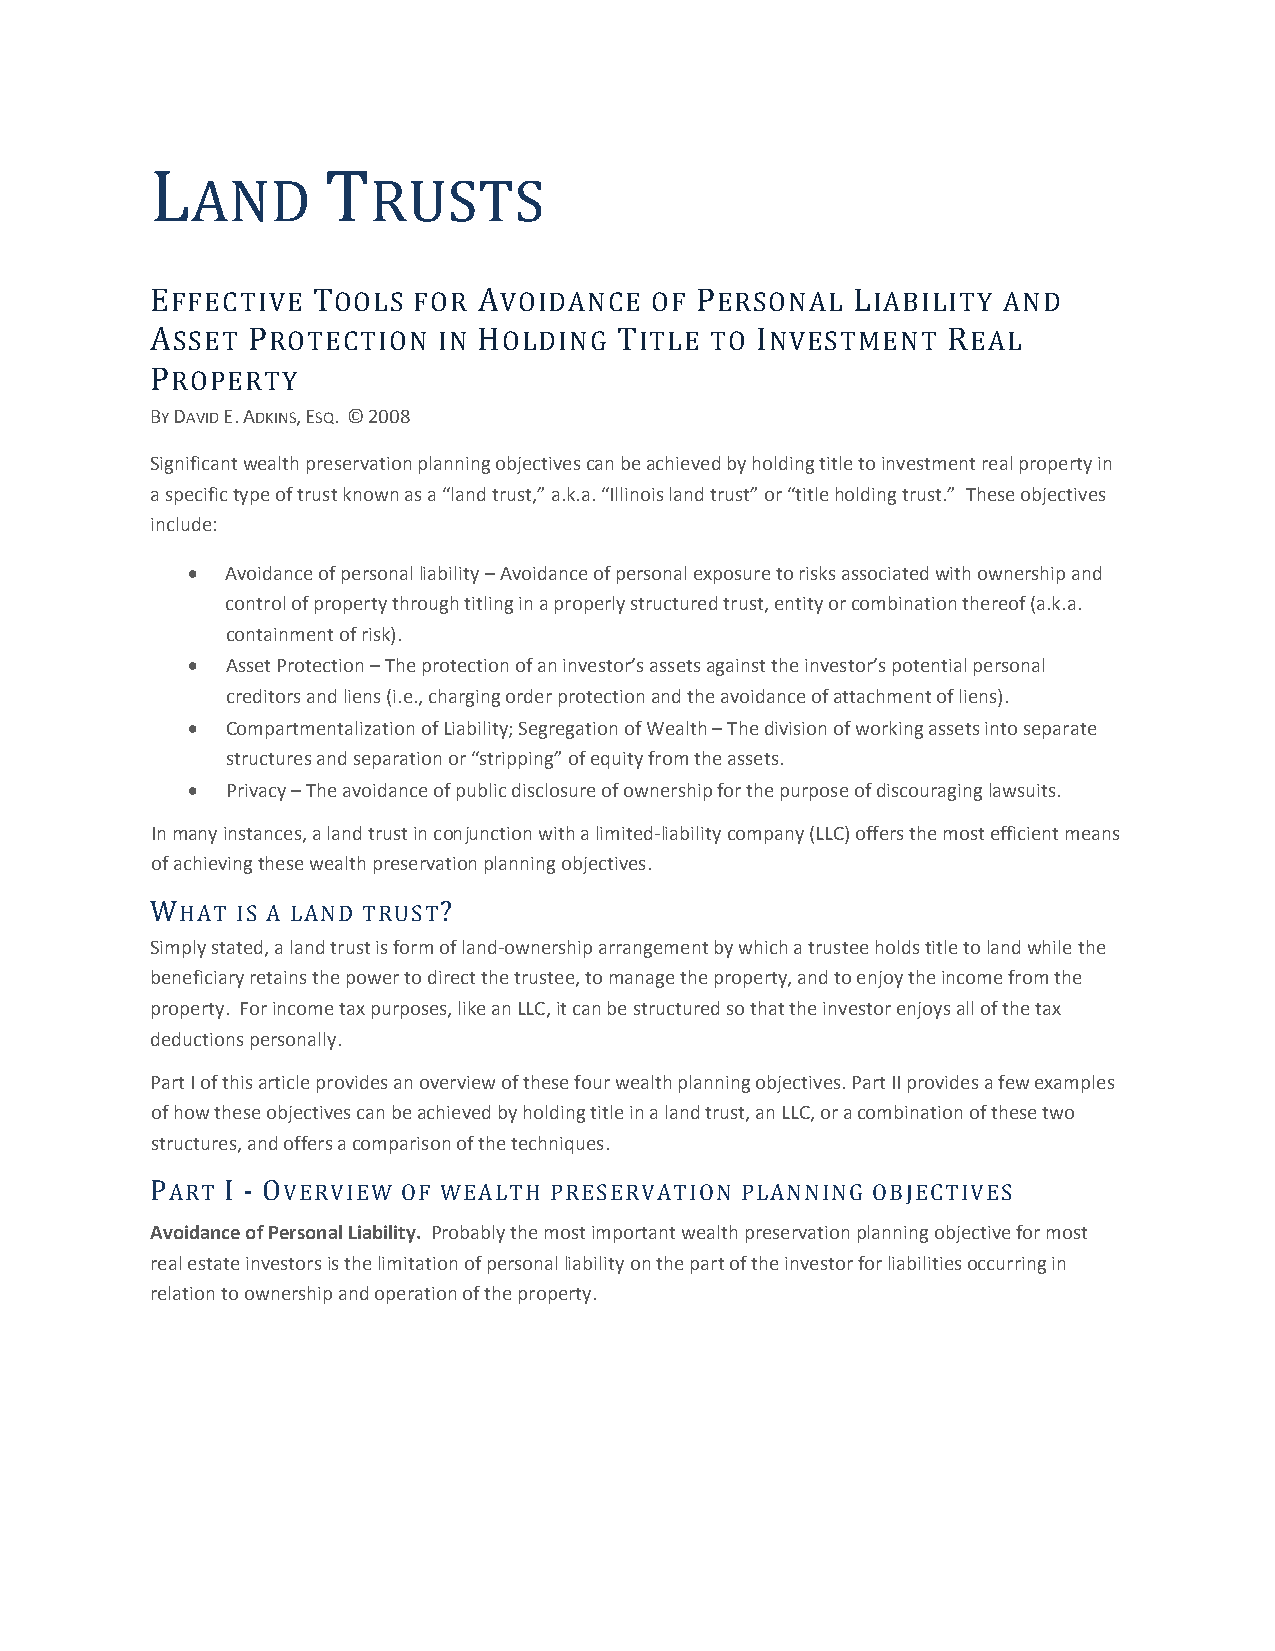
L           T
 AND        RUSTS
 EFFECTIVE  TOOLS FOR  AVOIDANCE  OF PERSONAL   LIABILITY AND
 ASSET PROTECTION   IN HOLDING  TITLE TO INVESTMENT   REAL
 PROPERTY
 BY DAVID E. ADKINS, ESQ. © 2008
 Significant wealth preservation planning objectives can be achieved by holding title to investment real property in
 a specific type of trust known as a “land trust,” a.k.a. “Illinois land trust” or “title holding trust.” These objectives
 include:
 •  Avoidance of personal liability – Avoidance of personal exposure to risks associated with ownership and
 control of property through titling in a properly structured trust, entity or combination thereof (a.k.a.
 containment of risk).
 •  Asset Protection – The protection of an investor’s assets against the investor’s potential personal
 creditors and liens (i.e., charging order protection and the avoidance of attachment of liens).
 •  Compartmentalization of Liability; Segregation of Wealth – The division of working assets into separate
 structures and separation or “stripping” of equity from the assets.
 •  Privacy – The avoidance of public disclosure of ownership for the purpose of discouraging lawsuits.
 In many instances, a land trust in conjunction with a limited‐liability company (LLC) offers the most efficient means
 of achieving these wealth preservation planning objectives.
 WHAT  IS A LAND TRUST?
 Simply stated, a land trust is form of land‐ownership arrangement by which a trustee holds title to land while the
 beneficiary retains the power to direct the trustee, to manage the property, and to enjoy the income from the
 property. For income tax purposes, like an LLC, it can be structured so that the investor enjoys all of the tax
 deductions personally.
 Part I of this article provides an overview of these four wealth planning objectives. Part II provides a few examples
 of how these objectives can be achieved by holding title in a land trust, an LLC, or a combination of these two
 structures, and offers a comparison of the techniques.
 PART I ‐ OVERVIEW OF WEALTH PRESERVATION PLANNING OBJECTIVES
 Avoidance of Personal Liability. Probably the most important wealth preservation planning objective for most
 real estate investors is the limitation of personal liability on the part of the investor for liabilities occurring in
 relation to ownership and operation of the property.